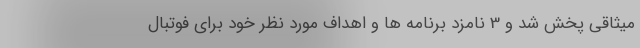
میثاقی پخش شد و 3 نامزد برنامه ها و اهداف مورد نظر خود برای فوتبال